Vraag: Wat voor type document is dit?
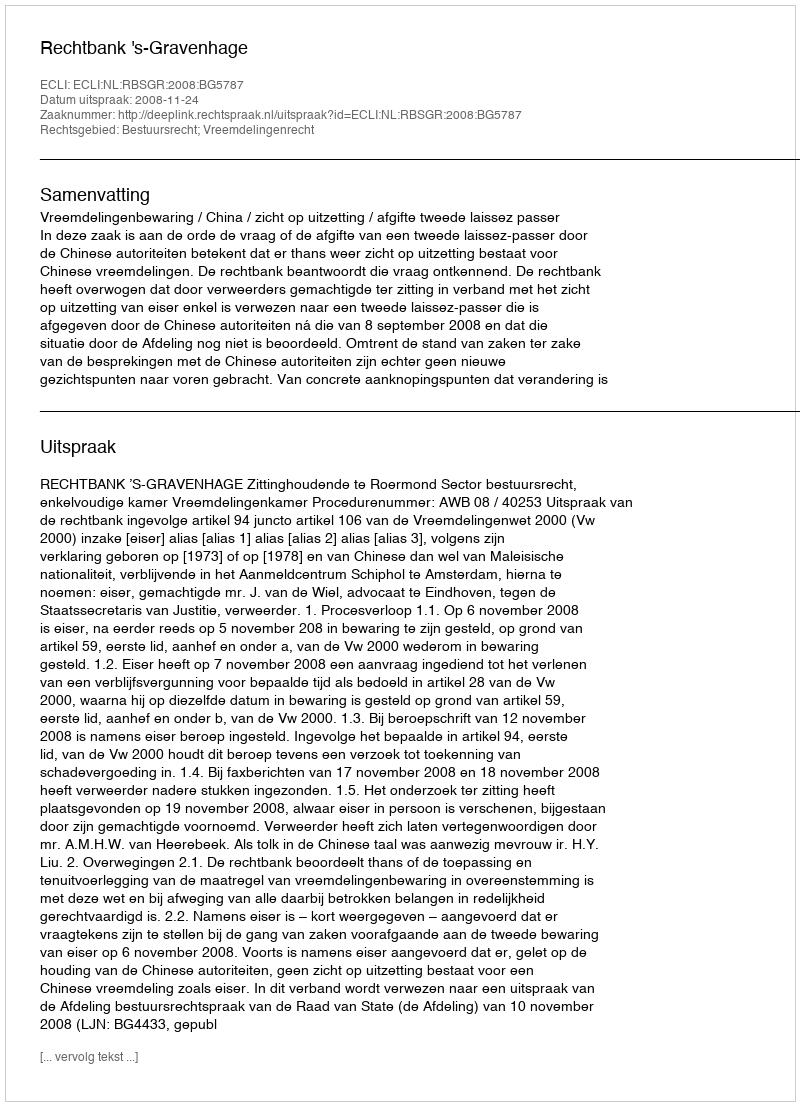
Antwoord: Uitspraak